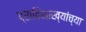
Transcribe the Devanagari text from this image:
प्रातिशाख्यांच्या